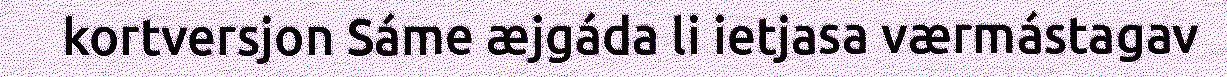
kortversjon Sáme æjgáda li ietjasa værmástagav